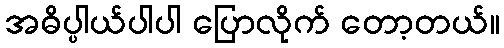
အဓိပ္ပါယ်ပါပါ ပြောလိုက် တော့တယ်။